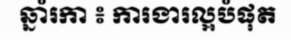
ឆ្នាំរកា ៖ ការងារល្អបំផុត